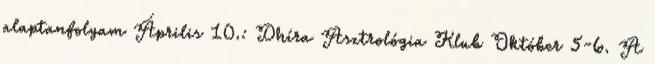
alaptanfolyam Április 10.: Dhíra Asztrológia Klub Október 5-6. A